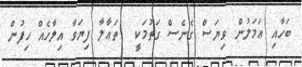
ބަހާއި ޢަމަލުން ވިޔަސް ގެނެސް ގަތުމަކީ  ތަޢާލާ ފިޔަވާ އިލާހެއް ހިފުން